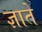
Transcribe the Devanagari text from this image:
ज्ञाते